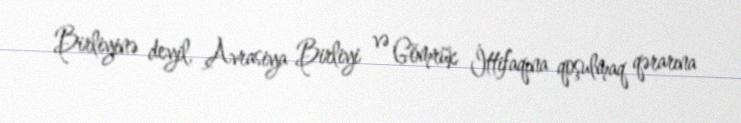
Birliyinə deyil, Avrasiya Birliyi və Gömrük İttifaqına qoşulmaq qərarına